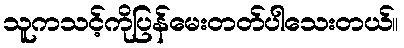
သူကသင့်ကိုပြန်မေးတတ်ပါသေးတယ်။